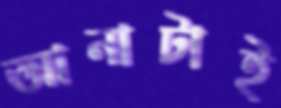
আনাটাই